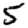
Digit: 5